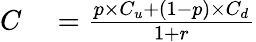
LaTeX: \begin{array}{rl}{C}&{{}={\frac{p\times C_{u}+(1-p)\times C_{d}}{1+r}}}\end{array}